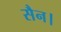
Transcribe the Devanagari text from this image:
सैन।